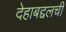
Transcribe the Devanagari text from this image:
देहाबद्दलची